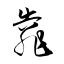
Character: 靠